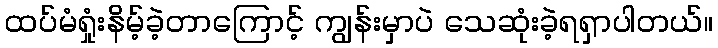
ထပ်မံရှုံးနိမ့်ခဲ့တာကြောင့် ကျွန်းမှာပဲ သေဆုံးခဲ့ရရှာပါတယ်။